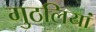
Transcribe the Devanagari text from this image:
गुठलियां